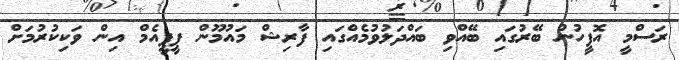
ރަސްމީ އޮފީހުން ބޭރުގައި ބޭއްވި ބައްދަލުވުމެއްގައި ފާރިޝް މައުމޫން ޕީޕީއެމް އިން ވަކިކުރުމަށް